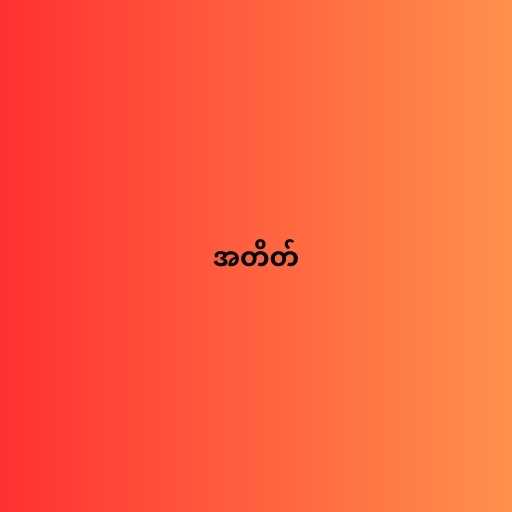
အတိတ်